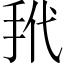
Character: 𪭩